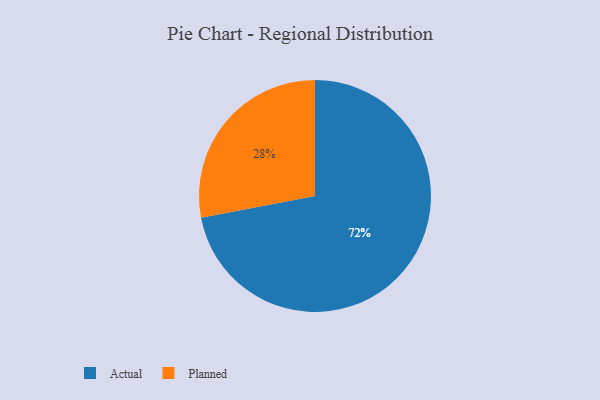
{"axis": {"x": "Category", "y": "Percentage"}, "legend": ["Actual", "Planned"], "data": [{"x": "Actual", "y": 72, "type": "Actual"}, {"x": "Planned", "y": 28, "type": "Planned"}]}